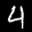
Label: 4